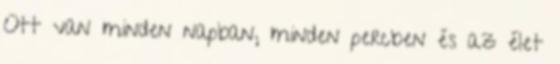
Ott van minden napban, minden percben és az élet